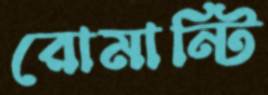
রোমান্টি